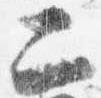
二